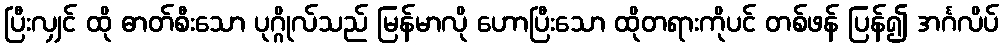
ပြီးလျှင် ထို ဓာတ်စီးသော ပုဂ္ဂိုလ်သည် မြန်မာလို ဟောပြီးသော ထိုတရားကိုပင် တစ်ဖန် ပြန်၍ အင်္ဂလိပ်